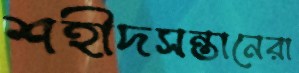
শহীদসন্তানেরা